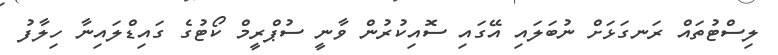
ލިސްޓުތައް ރަނގަޅަށް ނުބަލައި އޭގައި ސޮއިކުރުން ވާނީ ސުޕްރީމް ކޯޓުގެ ގައިޑްލައިނާ ހިލާފު